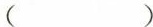
( )